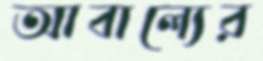
আবাল্যের